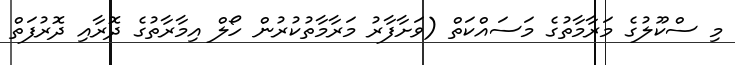
މި ސްކޫލުގެ މަރާމާތުގެ މަސައްކަތް (ވަށާފާރު މަރާމާތުކުރުން ހޯލް އިމާރާތުގެ ދޮރާއި ދޮރުފަތް